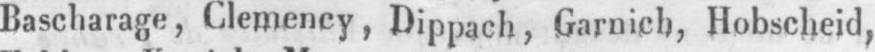
Bascharage, Clemency, Dippach, Garnich, Hobscheid,